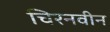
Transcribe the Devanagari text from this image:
चिरनवीन